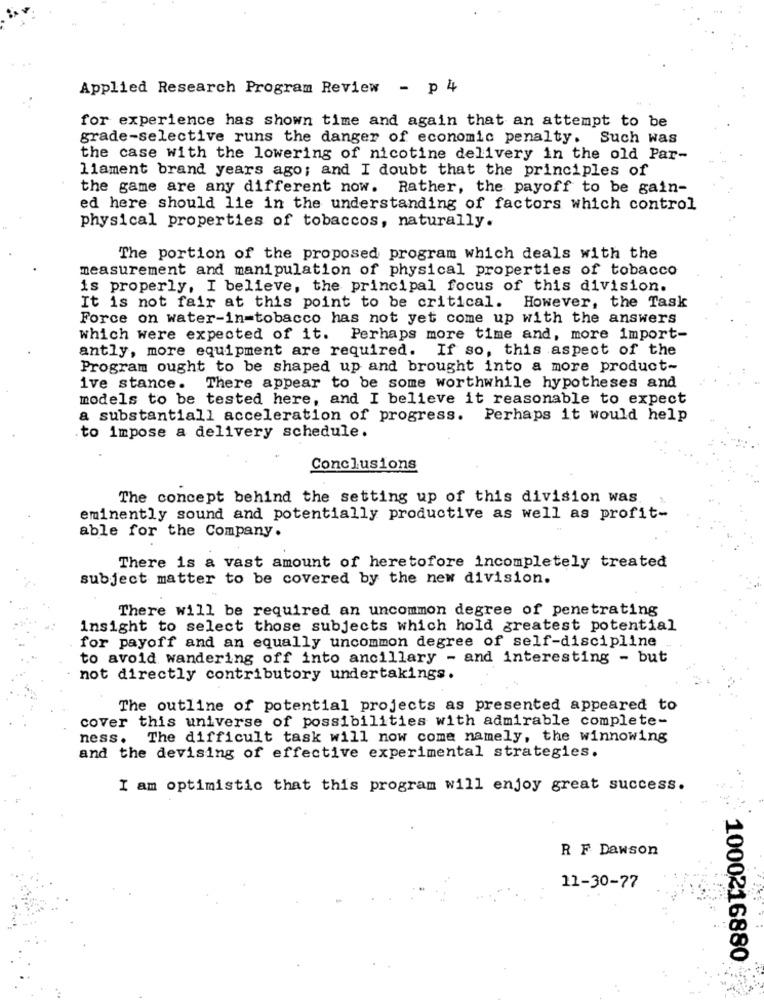
Applied Research Program Review - p 4
for experience has shown time and again that an attempt to be
grade-selective runs the danger of economic penalty. Such was
the case with the lowering of nicotine delivery in the old Par-
liament brand years ago; and I doubt that the principles of
the game are any different now. Rather, the payoff to be gain-
ed here should lie in the understanding of factors which control
physical properties of tobaccos, naturally.
The portion of the proposed program which deals with the
measurement and manipulation of physical properties of tobacco
is properly, I believe, the principal focus of this division.
It is not fair at this point to be critical. However, the Task
Force on water-in-tobacco has not yet come up with the answers
which were expected of it. Perhaps more time and, more import-
antly, more equipment are required. If so, this aspect of the
Program ought to be shaped up and brought into a more product-
ive stance. There appear to be some worthwhile hypotheses and
models to be tested here, and I believe it reasonable to expect
a substantiall acceleration of progress. Perhaps it would help
to impose a delivery schedule.
Conclusions
The concept behind the setting up of this division was.
eminently sound and potentially productive as well as profit-
able for the Company.
There is a vast amount of heretofore incompletely treated
subject matter to be covered by the new division.
There will be required an uncommon degree of penetrating
Insight to select those subjects which hold greatest potential
for payoff and an equally uncommon degree of self-discipline
to avoid wandering off into ancillary - and interesting - but
not directly contributory undertakings.
The outline of potential projects as presented appeared to
cover this universe of possibilities with admirable complete-
ness. The difficult task will now come namely, the winnowing
and the devising of effective experimental strategies.
I am optimistic that this program will enjoy great success.
R F Dawson
11-30-77
1000216880